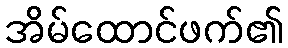
အိမ်ထောင်ဖက်၏